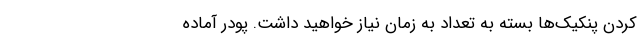
کردن پنکیک‌ها بسته به تعداد به زمان نیاز خواهید داشت. پودر آماده